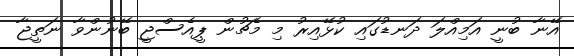
އޭނާ ބުނީ އަމިއްލަ ދަނޑުގައި ކުޅޭއިރު މި މެޗުން ޕީއެސްޖީ ބޭނުންވާ ނަތީޖާ